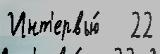
Инт'ервью́   22